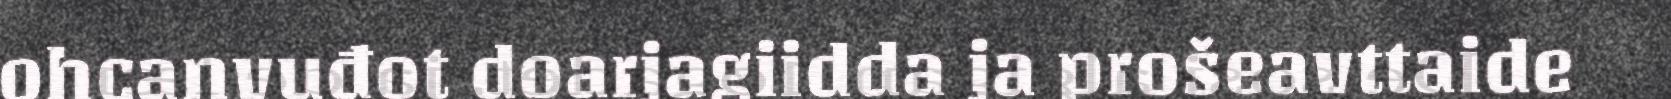
ohcanvuđot doarjagiidda ja prošeavttaide